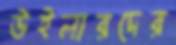
উইলারদের